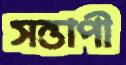
সন্তাপী